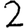
Digit: 2